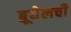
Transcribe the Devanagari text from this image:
ब्रूघेलची